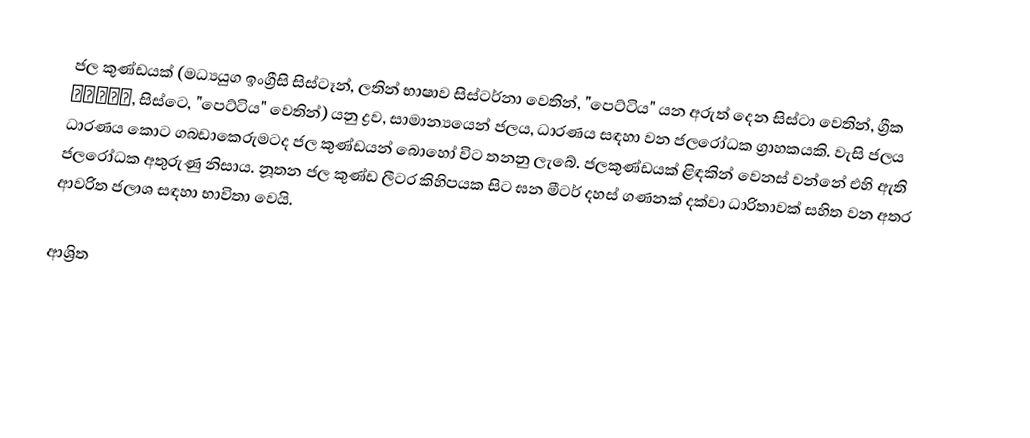
ජල කුණ්ඩයක් (මධ්‍යයුග ඉංග්‍රීසි සිස්ටෑන්, ලතින් භාෂාව සිස්ටර්නා වෙතින්, "පෙට්ටිය" යන අරුත් දෙන  සිස්ටා වෙතින්, ග්‍රීක κίστη, සිස්ටෙ, "පෙට්ටිය" වෙතින්) යනු ද්‍රව, සාමාන්‍යයෙන් ජලය,  ධාරණය සඳහා වන ජලරෝධක ග්‍රාහකයකි.  වැසි ජලය ධාරණය කොට ගබඩාකෙරුමටද ජල කුණ්ඩයන් බොහෝ විට තනනු ලැබේ. ජලකුණ්ඩයක් ළිඳකින් වෙනස් වන්නේ එහි ඇති ජලරෝධක අතුරුණු නිසාය. නූතන ජල කුණ්ඩ ලීටර කිහිපයක සිට ඝන මීටර් දහස් ගණනක් දක්වා  ධාරිතාවක් සහිත වන අතර ආවරිත  ජලාශ සඳහා භාවිතා වෙයි.

ආශ්‍රිත